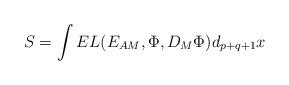
LaTeX: \begin{align*}S=\int E L({E_{AM}}, \Phi, { D _M\Phi}) d_{p+q+1} x \end{align*}